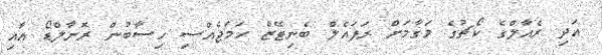
އަދި ރެއާލްގެ ކޯޗުގެ މަގާމަށް ރަފައެލް ބެނިޓޭޒް ހަމަޖެއްސި ހިސާބުން ރޮނާލްޑޯ އާއި